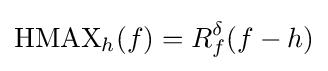
\operatorname {HMAX} _{h}(f)=R_{f}^{\delta }(f-h)